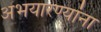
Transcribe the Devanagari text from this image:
अभयारण्यांना